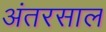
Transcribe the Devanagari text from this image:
अंतरसाल